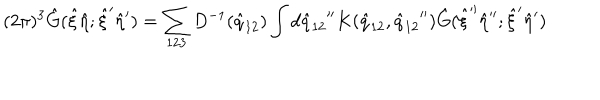
( 2 \pi ) ^ { 3 } { \hat { G } } ( { \hat { \xi } } { \hat { \eta } } ; { \hat { \xi } } ^ { \prime } { \hat { \eta } } ^ { \prime } ) = \sum _ { 1 2 3 } D ^ { - 1 } ( { \hat { q } } _ { 1 2 } ) \int d { { \hat { q } } _ { 1 2 } } ^ { \prime \prime } K ( { \hat { q } } _ { 1 2 } , { { \hat { q } } _ { 1 2 } } ^ { \prime \prime } ) { \hat { G } } ( { \hat { \xi } } ^ { \prime \prime } { \hat { \eta } } ^ { \prime \prime } ; { \hat { \xi } } ^ { \prime } { \hat { \eta } } ^ { \prime } )